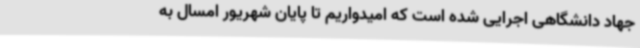
جهاد دانشگاهی اجرایی شده است که امیدواریم تا پایان شهریور امسال به